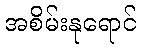
အစိမ်းနုရောင်